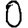
Digit: 0